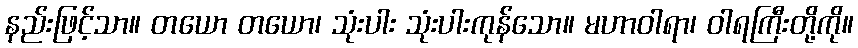
နည်းဖြင့်သာ။ တယော တယော၊ သုံးပါး သုံးပါးကုန်သော။ မဟာဝါရာ၊ ဝါရကြီးတို့ကို။